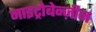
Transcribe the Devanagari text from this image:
नाइट्रोबेन्ज़ीन